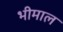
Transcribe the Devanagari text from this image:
भीमाल